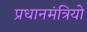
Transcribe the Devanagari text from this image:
प्रधानमंत्रियो